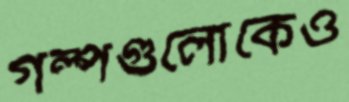
গল্পগুলোকেও